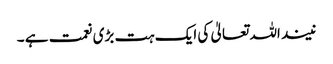
نیند اللہ تعالیٰ کی ایک ہت بڑی نعمت ہے ۔